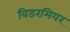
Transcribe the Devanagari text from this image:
बिडरमियर